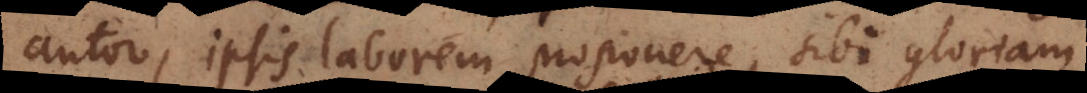
autor, ipsis laborem proponere, sibi gloriam